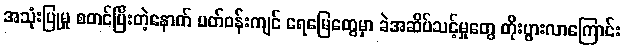
အသုံးပြုမှု စတင်ပြီးတဲ့နောက် ပတ်ဝန်းကျင် ရေမြေတွေမှာ ခဲအဆိပ်သင့်မှုတွေ တိုးပွားလာကြောင်း